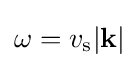
\omega =v_{\rm {s}}|\mathbf {k} |